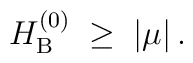
H_{\rm B}^{(0)} \;\geq\; |\mu|\,.